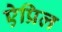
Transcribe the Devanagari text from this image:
ऐप्रिल